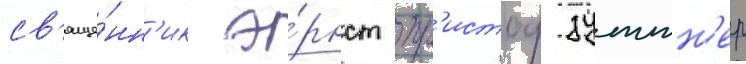
св'яще́нн'ик э́рнст хр'истоф зуттн'ер